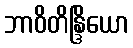
ဘာဝိတိန္ဒြိယော